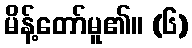
မိန့်တော်မူ၏။ (၆)